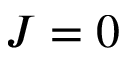
J = 0